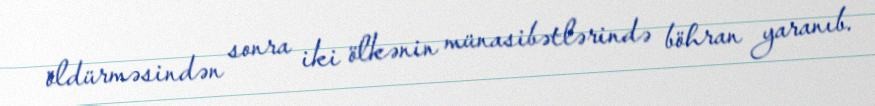
öldürməsindən sonra iki ölkənin münasibətlərində böhran yaranıb.